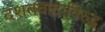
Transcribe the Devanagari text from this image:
दशतवादाविरुद्ध